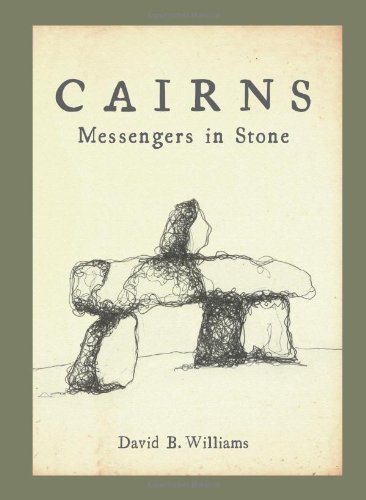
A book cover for Cairns: Messengers In Stone; David B. Williams; Science & Math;